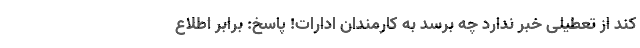
کند از تعطیلی خبر ندارد چه برسد به کارمندان ادارات! پاسخ: برابر اطلاع